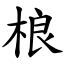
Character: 桹